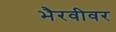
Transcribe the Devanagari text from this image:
भैरवीवर